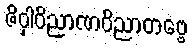
ဇိဝှါဝိညာဏဝိညာတဗ္ဗေ